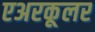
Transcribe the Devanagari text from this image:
एअरकूलर